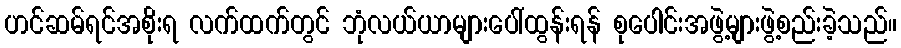
ဟင်ဆမ်ရင်အစိုးရ လက်ထက်တွင် ဘုံလယ်ယာများပေါ်ထွန်းရန် စုပေါင်းအဖွဲ့များဖွဲ့စည်းခဲ့သည်။